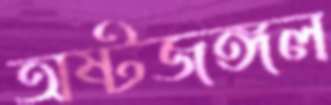
অষ্টজঙ্গল